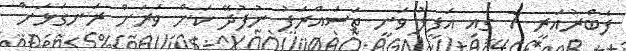
ފެބްރުއަރީ 7 ގައި އަފީފު ވަނީ ތަސައްރަފު ނުފުދޭ ކަން ވަރަށް ރަނގަޅަށް